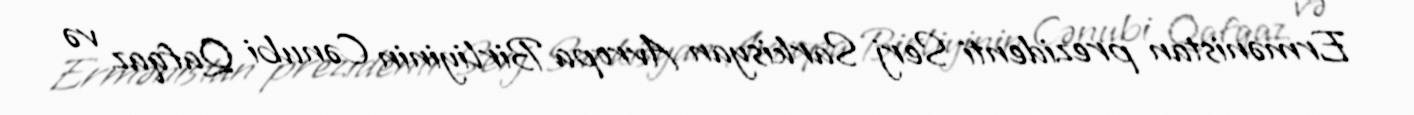
Ermənistan prezidenti Serj Sarkisyan Avropa Birliyinin Cənubi Qafqaz və